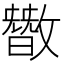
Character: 𪯘